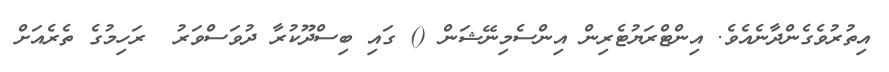
އިތުރުވެގެންދާނެއެވެ. އިންޓްރަޔުޓެރިން އިންސެމިނޭޝަން () ގައި ބިސްދޫކުރާ ދުވަސްވަރު  ރަހިމުގެ ތެރެއަށް